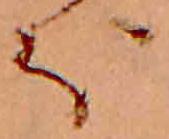
ほ